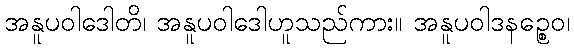
အနူပဝါဒေါတိ၊ အနူပဝါဒေါဟူသည်ကား။ အနူပဝါဒနဉ္စေဝ၊